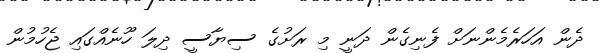
ދެން އަހަރެމެންނަށް ފެނިގެން ދަނީ މި ރަށުގެ ސިޔާސީ ދިލަ ހޫނެއްގައި ޖެހުމުން